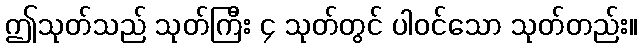
ဤသုတ်သည် သုတ်ကြီး ၄ သုတ်တွင် ပါဝင်သော သုတ်တည်း။